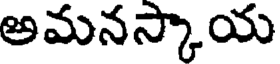
అమనస్కాయ